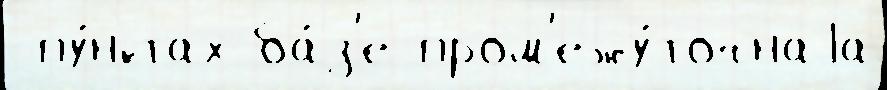
 пу́нктах ба́з'е пром'ежу́точнаjа